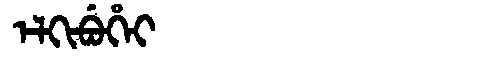
Manchu: ᡝᠯᡴᡳᠪᡠᡥᡝᡳ
Romanization: ELKIBUHEI